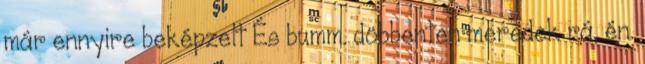
már ennyire beképzelt És bumm. döbbenten meredek rá, én.